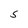
Character: S